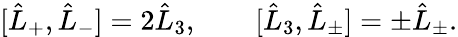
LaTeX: [\hat{L}_{+},\hat{L}_{-}]=2\hat{L}_{3},\qquad[\hat{L}_{3},\hat{L}_{\pm}]=\pm\hat{L}_{\pm}.